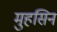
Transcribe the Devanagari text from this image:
मुहसिन